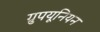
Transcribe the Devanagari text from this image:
ग्रुपयूनियन